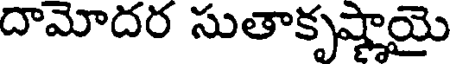
దామోదర సుతాకృష్ణాయై